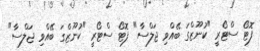
ފޮޓޯ ސްޓޯރީ "ކުނޫޒްގަ ބޭއްވި ޖަލްސާ" ފޮޓޯ ސްޓޯރީ "ކުނޫޒްގަ ބޭއްވި ޖަލްސާ"